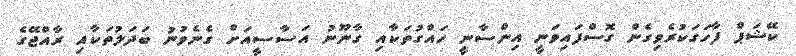
ކޭޝަޕް ފާހަގަކުރެވިގެން ގޮސްފައިވަނީ އިންސާނީ ހައްގުތަކާއި ގާނޫނު އަސާސީއަށް ގެނެވުނު ބަދަލުތަކާއި ރާއްޖޭގެ